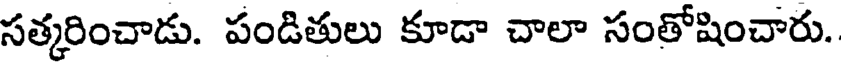
సత్కరించాడు. పండితులు కూడా చాలా సంతోషించారు.